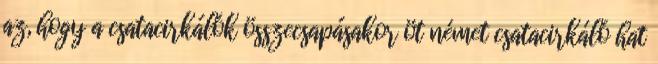
az, hogy a csatacirkálók összecsapásakor öt német csatacirkáló hat